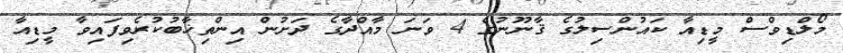
މޯލްޑިވްސް މީޑިއާ ކައުންސިލުގެ ޤާނޫނުގެ 4 ވަނަ މާއްދާގެ ދަށުން އިންތިޚާބުކުރެވިފައިވާ މީޑިއާ